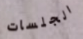
الجلسات